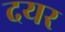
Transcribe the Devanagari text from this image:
दयर